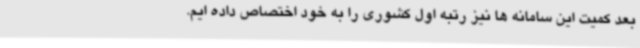
بعد کمیت این سامانه ها نیز رتبه اول کشوری را به خود اختصاص داده ایم.